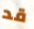
قد